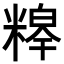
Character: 𮇸